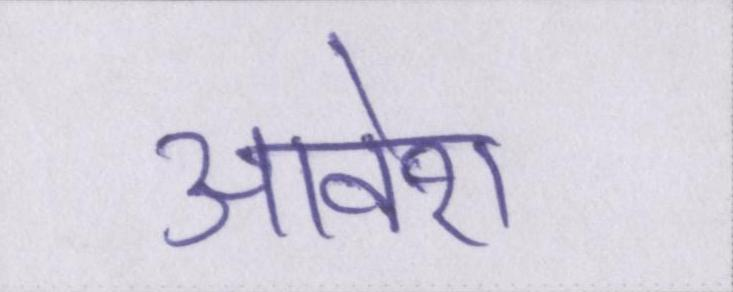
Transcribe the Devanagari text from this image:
आवेश